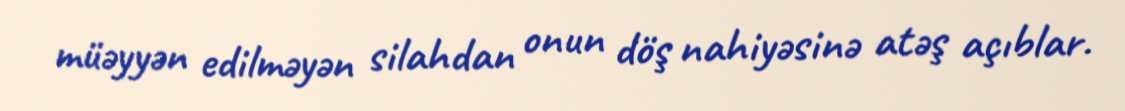
müəyyən edilməyən silahdan onun döş nahiyəsinə atəş açıblar.